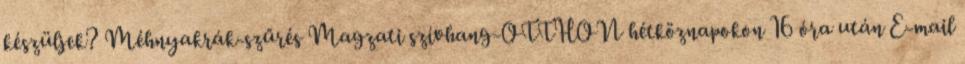
készüljek? Méhnyakrák-szűrés Magzati szívhang-OTTHON hétköznapokon 16 óra után E-mail